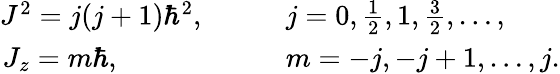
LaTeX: \begin{array}{rl}{J^{2}=j(j+1)\hbar^{2},\qquad}&{{}j=0,{\frac{1}{2}},1,{\frac{3}{2}},\ldots,}\\ {J_{z}=m\hbar,\qquad\qquad\quad}&{{}m=-j,-j+1,\ldots,j.}\end{array}